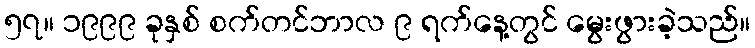
၅၇။ ၁၉၉၉ ခုနှစ် စက်တင်ဘာလ ၉ ရက်နေ့တွင် မွေးဖွားခဲ့သည်။